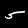
Label: 5